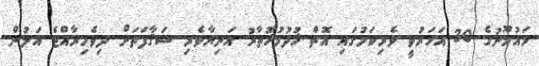
މައުމޫނުގެ 30 އަހަރުވީ ވެރިކަމުގައި އޮތް ޚުދުމުޚުތާރު އަނިޔާވެރި ސަޤާފަތަށް ދިވެހިރާއްޖެ އަލުން